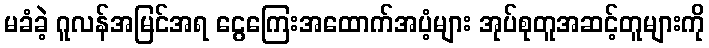
မခံခဲ့ ဂူလန်အမြင်အရ ငွေကြေးအထောက်အပံ့များ အုပ်စုတူအဆင့်တူများကို